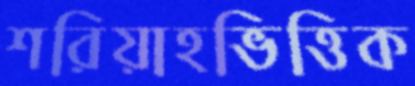
শরিয়াহভিত্তিক